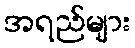
အရည်များ